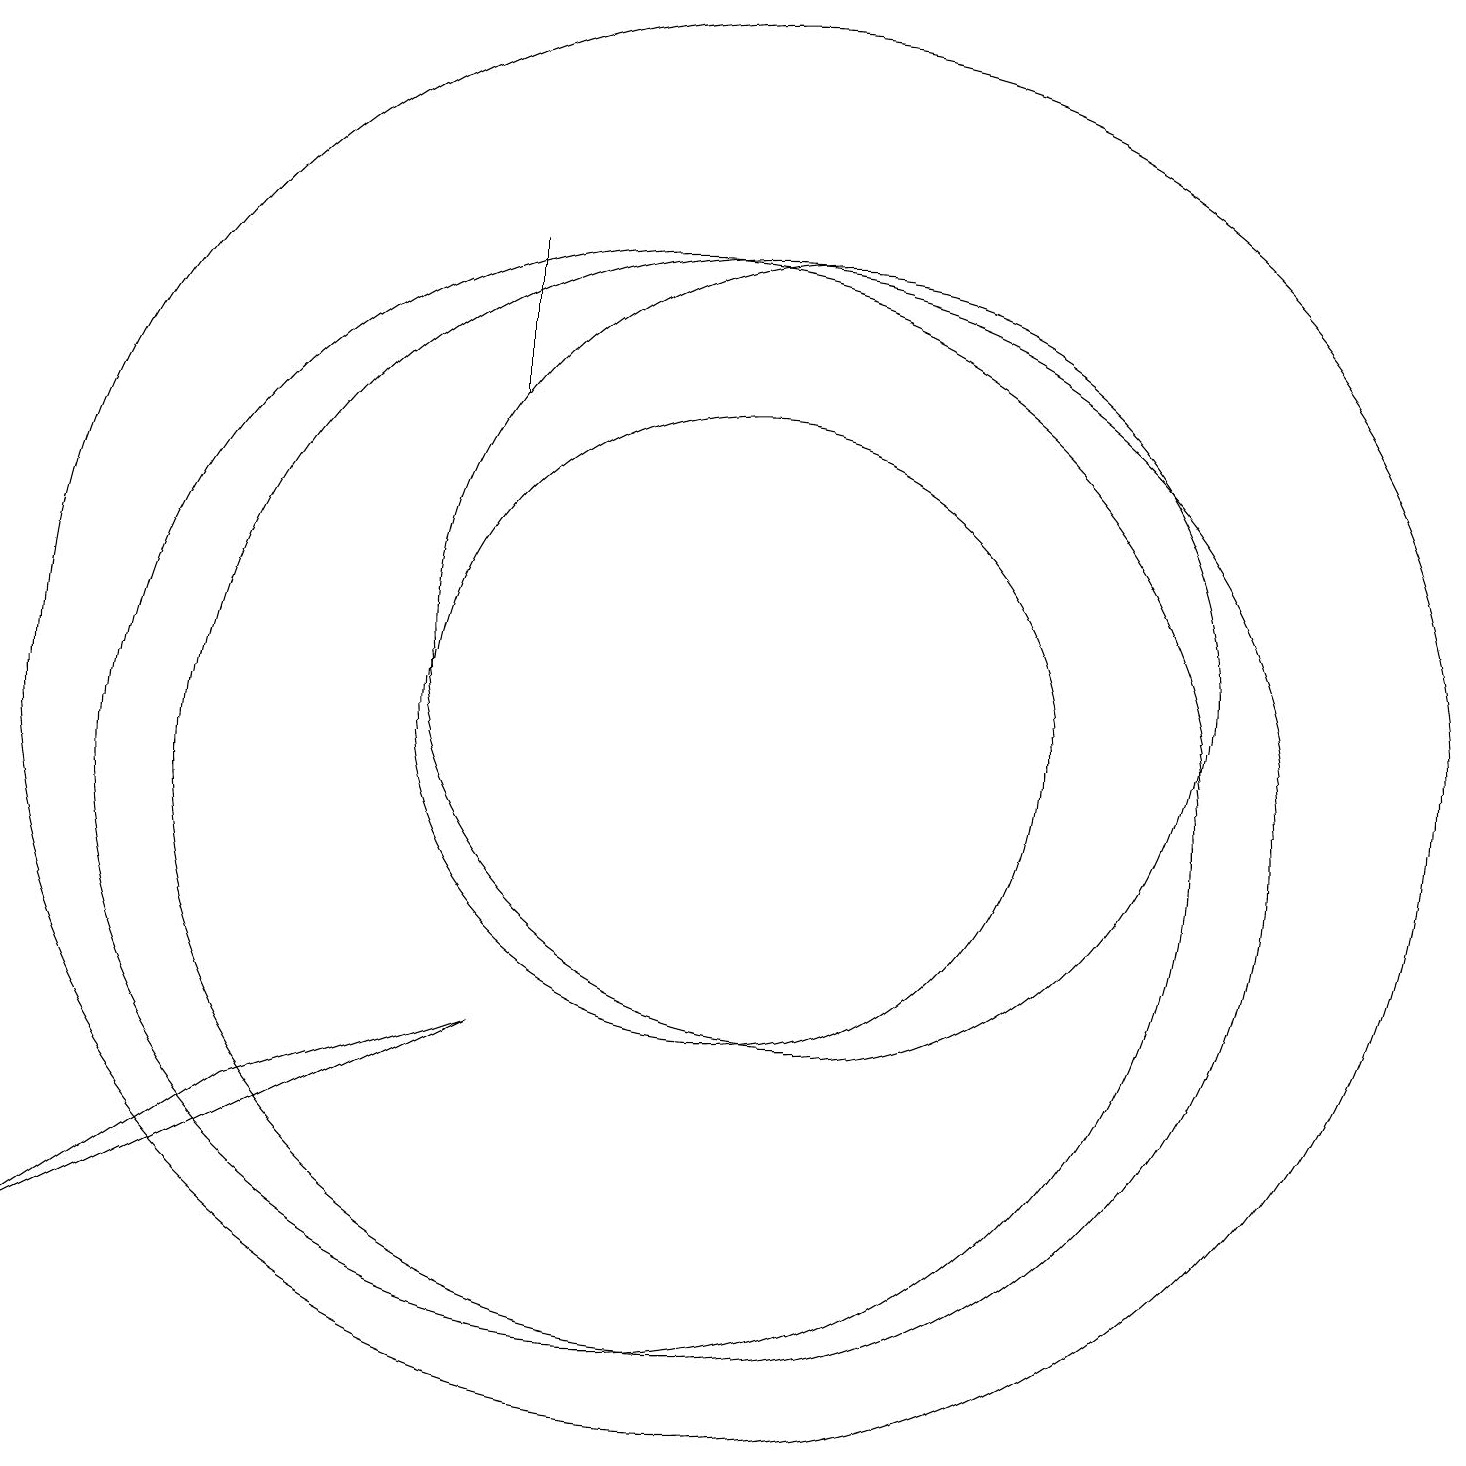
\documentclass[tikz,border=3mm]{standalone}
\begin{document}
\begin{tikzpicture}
\draw (5,6) -- (2,4) -- (8,7) -- cycle;
\draw (11,10) circle (7);
\draw (12,12) circle (5);
\draw (8,17) rectangle (8,15);
\draw (11,11) circle (9);
\draw (11,11) circle (4);
\draw (10,10) circle (7);
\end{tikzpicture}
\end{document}